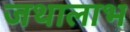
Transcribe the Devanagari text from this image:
जथालाभ